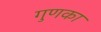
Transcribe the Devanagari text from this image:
गुणका